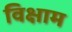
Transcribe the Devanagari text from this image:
विक्षाम